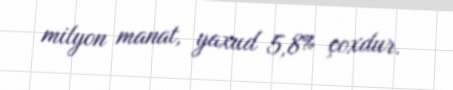
milyon manat, yaxud 5,8% çoxdur.